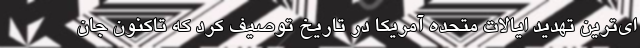
‌ای‌ترین تهدید ایالات متحده آمریکا در تاریخ توصیف کرد که تاکنون جان